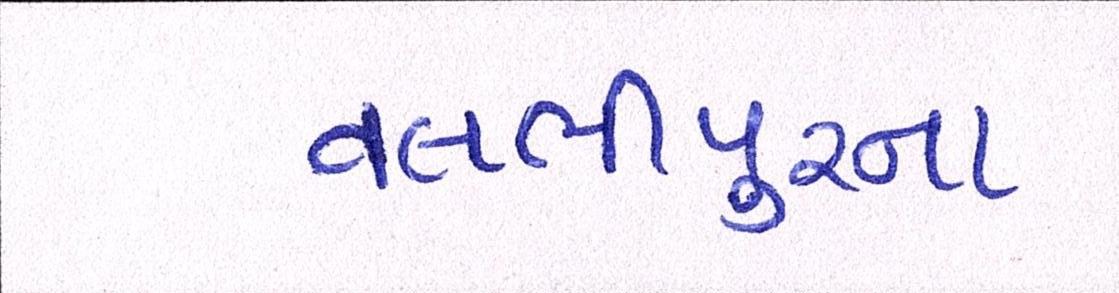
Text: વલભીપુરના